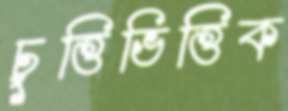
চুত্তিভিত্তিক